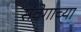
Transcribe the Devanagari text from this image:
संवेगाच्या